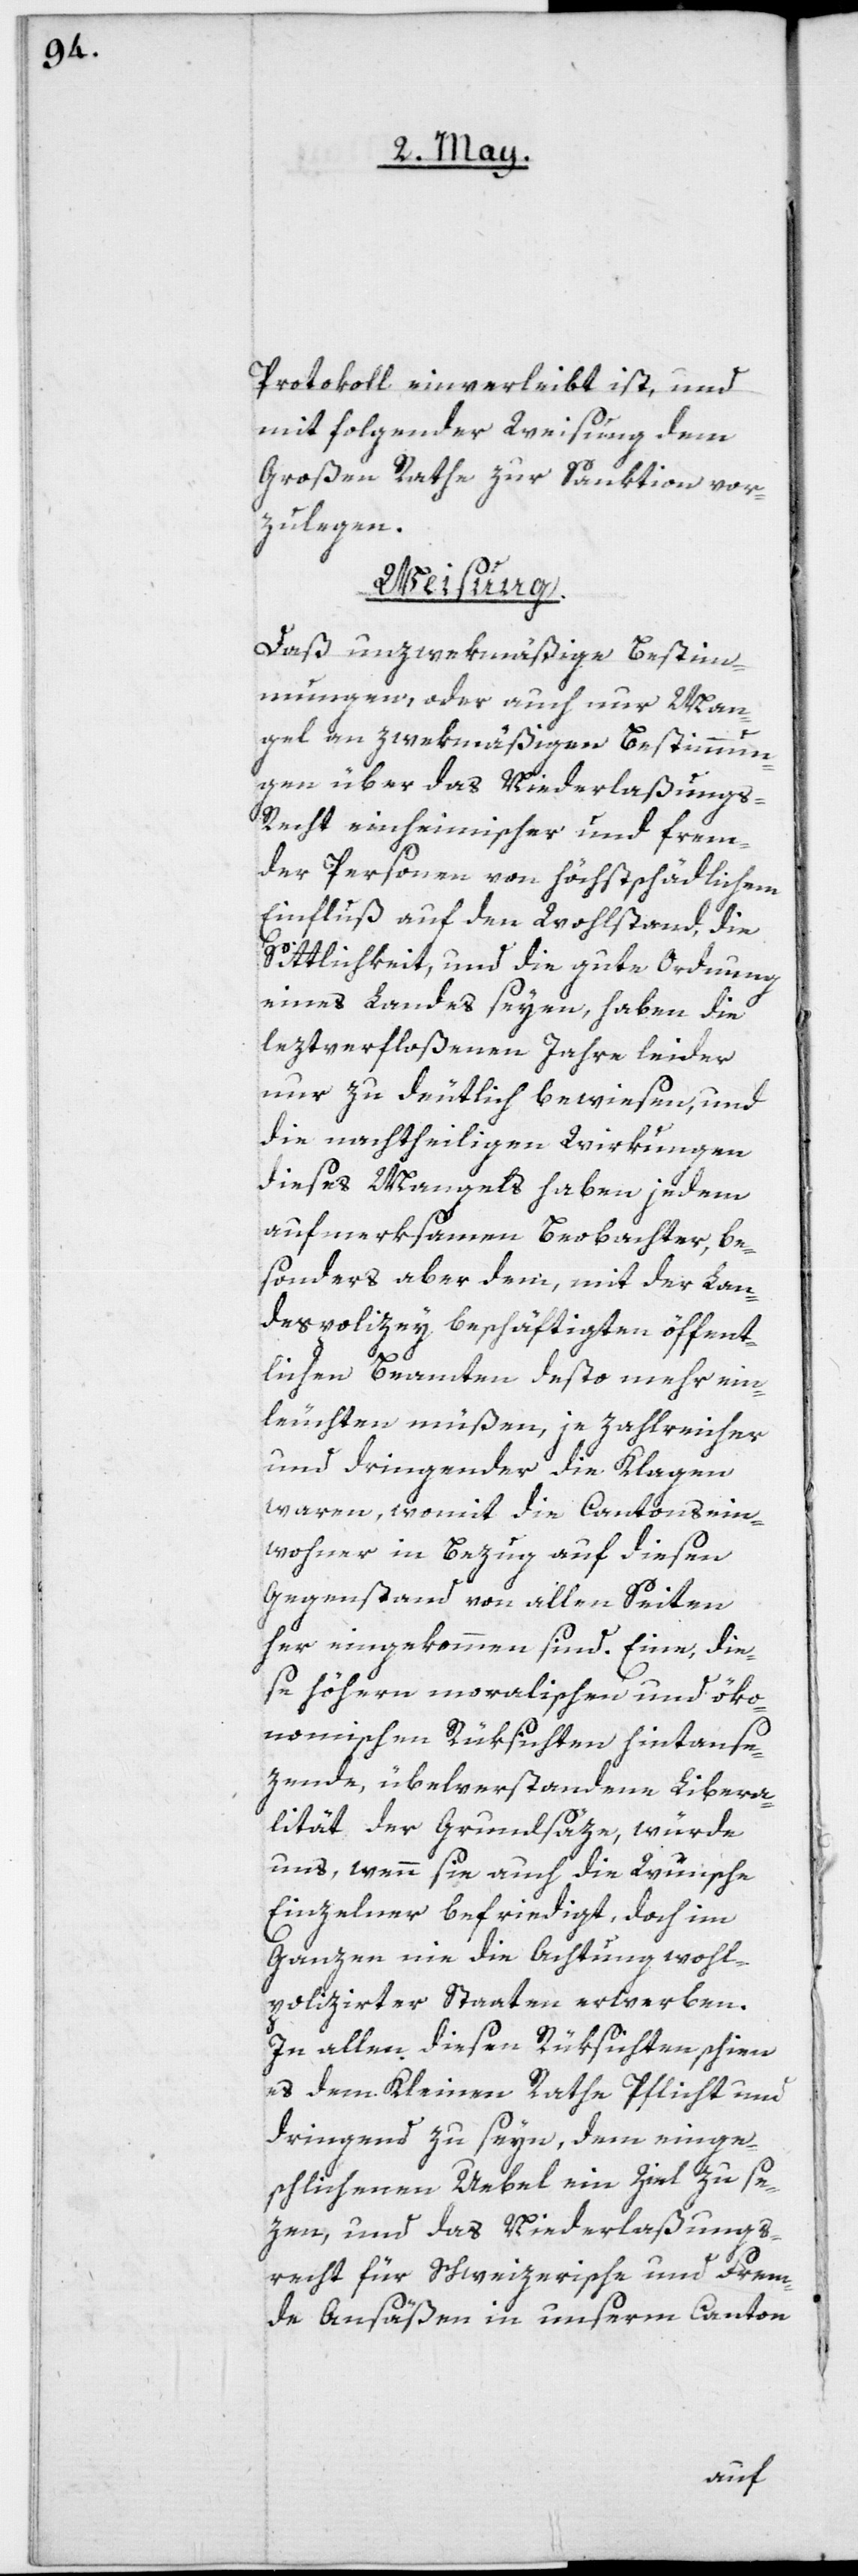
Protokoll einverleibt ist, und
mit folgender Weisung dem
Großen Rathe zur Sanktion vor¬
zulegen:
Weisung
Daß unzwekmäßige Bestim¬
mungen, oder auch nur Man¬
gel an zwekmäßigen Bestimmun¬
gen über das Niederlaßungs¬
recht einheimischer und frem¬
der Personen von höchstschädlichem
Einfluß auf den Wohlstand, die
Sittlichkeit, und die gute Ordnung
eines Landes seyen, haben die
leztverfloßenen Jahre leider
nur zu deutlich bewiesen, und
die nachtheiligen Wirkungen
dieses Mangels haben jedem
aufmerksamen Beobachter, be¬
sonders aber dem, mit der Lan¬
despolizey beschäftigten öffent¬
lichen Beamten desto mehr ein¬
leuchten müßen, je zahlreicher
und dringender die Klagen
waren, womit die Cantonsein¬
wohner in Bezug auf diesen
Gegenstand von allen Seiten
her eingekommen sind. Eine, die¬
se höhern moralischen und öko¬
nomischen Rüksichten hintanse¬
zende, übelverstandene Libera¬
lität der Grundsäze, würde
uns, wenn sie auch die Wünsche
Einzelner befriedigt, doch im
Ganzen nie die Achtung wohl¬
polizirter Staaten erwerben.
In allen diesen Rüksichten schien
es dem Kleinen Rathe Pflicht und
dringend zu seyn, dem einge¬
schlichenen Uebel ein Ziel zu se¬
zen, und das Niederlaßungs¬
recht für Schweizerische und frem¬
de Ansäßen in unserm Canton